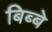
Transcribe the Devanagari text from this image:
बिब्बे